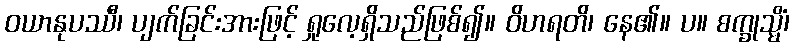
ဝယာနုပဿီ၊ ပျက်ခြင်းအားဖြင့် ရှုလေ့ရှိသည်ဖြစ်၍။ ဝိဟရတိ၊ နေ၏။ ပ။ စက္ခုသ္မိံ၊